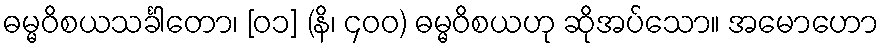
ဓမ္မဝိစယသင်္ခါတော၊ [၀၁] (နိ၊ ၄၀၀) ဓမ္မဝိစယဟု ဆိုအပ်သော။ အမောဟော